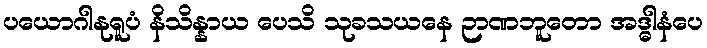
ပယောဂါနုရူပံ နိသိန္နာယ ပေသိ သုခသယနေ ဉာဏဘူတော အဒ္ဓါနံပေ